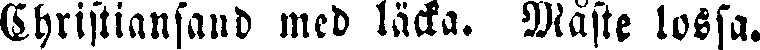
Christiansand med läcka. Måste lossa.